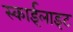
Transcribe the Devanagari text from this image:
स्‍काईलाइट